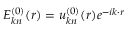
E _ { \boldsymbol { k } n } ^ { ( 0 ) } ( \boldsymbol { r } ) = u _ { \boldsymbol { k } n } ^ { ( 0 ) } ( \boldsymbol { r } ) e ^ { - i \boldsymbol { k } \cdot \boldsymbol { r } }